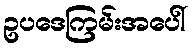
ဥပဒေကြမ်းအပေါ်